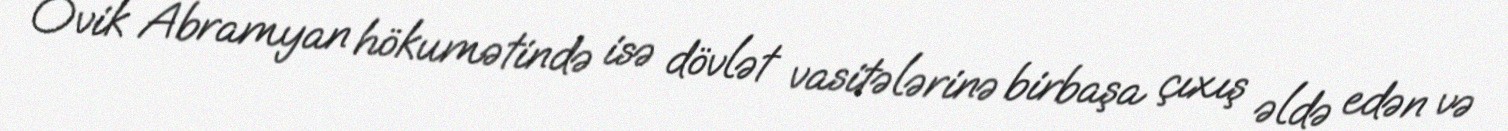
Ovik Abramyan hökumətində isə dövlət vasitələrinə birbaşa çıxış əldə edən və